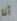
أنا